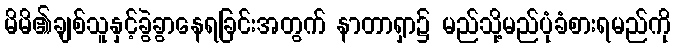
မိမိ၏ချစ်သူနှင့်ခွဲခွာနေရခြင်းအတွက် နာတာရှာ၌ မည်သို့မည်ပုံခံစားရမည်ကို